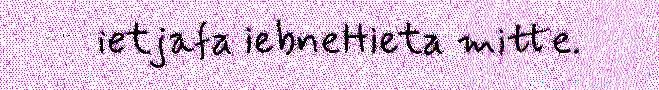
ietjafa iebneHieta mitte.